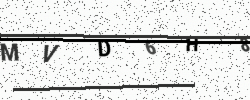
Text: MVD6H8